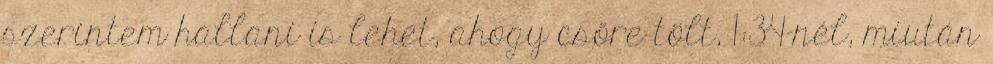
szerintem hallani is lehet, ahogy csőre tölt, 1:34-nél, miután